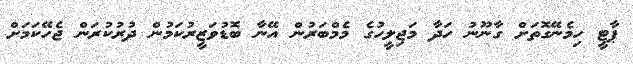
ޕާޓީ ހިމެނޭގޮތަށް ގާނޫނު ހަދާ މަޖިލީހުގެ މެމްބަރުން އޭނާ ބޮޑުވަޒީރުކަމުން ދުރުކުރަން ޖެހޭކަމަށް